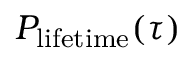
P _ { \mathrm { l i f e t i m e } } ( \tau )